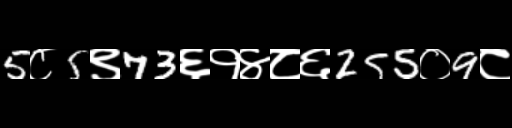
Text: 5८5९73६१४८६255०9८